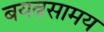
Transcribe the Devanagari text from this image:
बयत्नसामय